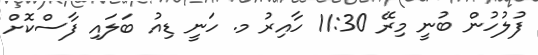
ފުލުހުން ބުނީ މިރޭ 11:30 ހާއިރު މ. ހަނީ ޑިއު ބަލައި ފާސްކޮށް